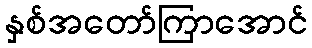
နှစ်အတော်ကြာအောင်